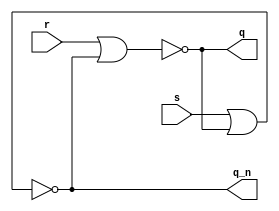
module sr_latch(
	input s,
	input r,
	output q,
	output q_n
);
	assign q = ~ ( r | q_n );
	assign q_n = ~ ( s | q );
endmodule

module ex4(
	input clk ,
	input d,
	output q,
	output q_n
);
	wire r = ~d & clk;
	wire s = d & clk ;
	sr_latch ex4 (s, r, q, q_n);
endmodule